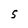
Character: 5